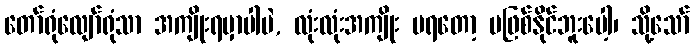
တော်ရုံလျော်ရုံသာ အကျိုးရမှာပါပဲ, လုံးလုံးအကျိုး မရတော့ မဖြစ်နိုင်ဘူးပေါ့၊ သို့သော်